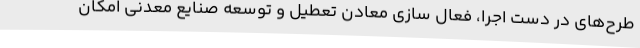
طرح‌های در دست اجرا، فعال سازی معادن تعطیل و توسعه صنایع معدنی امکان